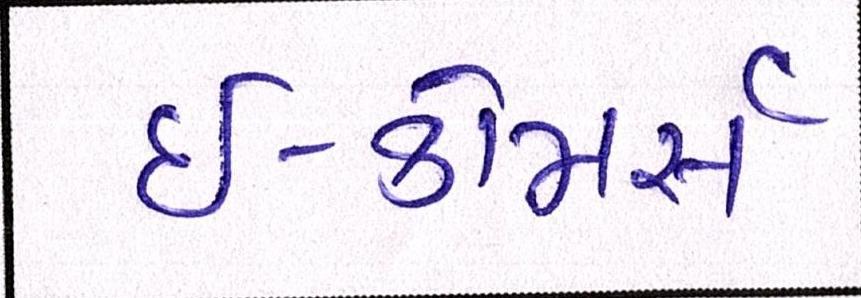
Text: ઇ-કોમસૅ